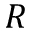
R